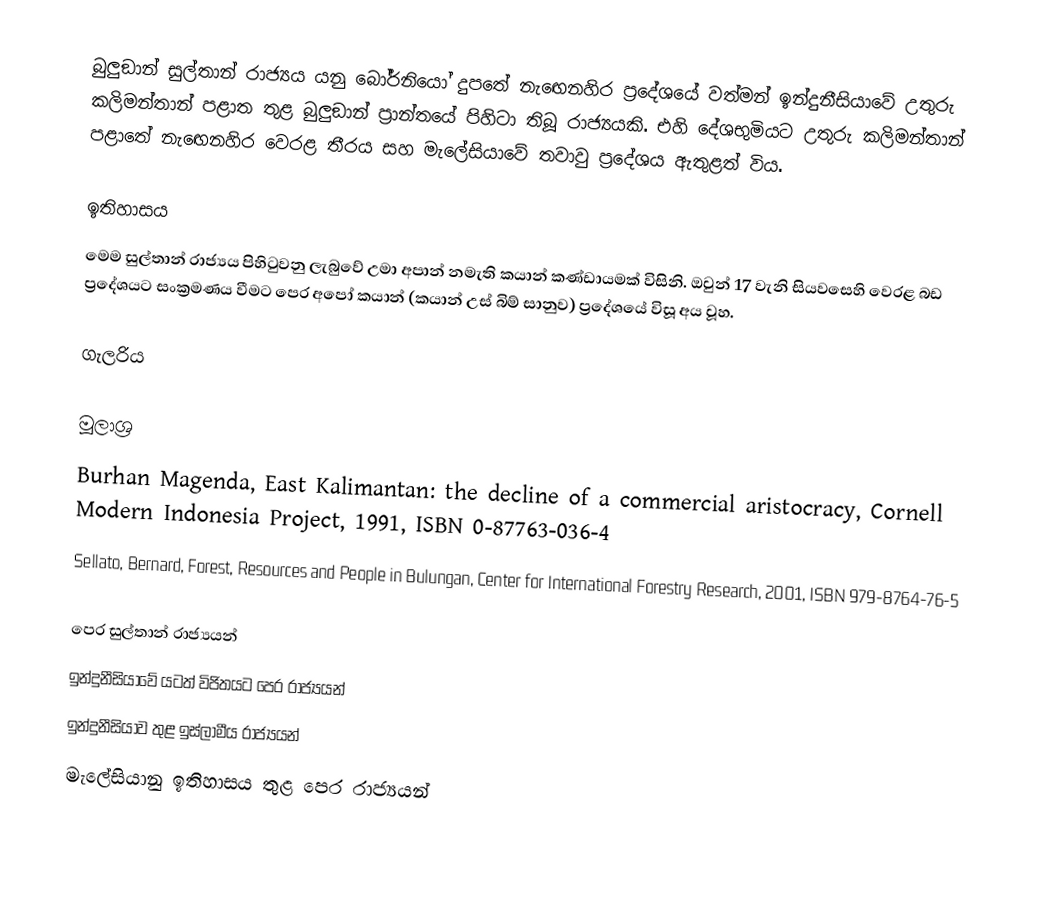
බුලුඞාන් සුල්තාන් රාජ්‍යය යනු බෝර්නියෝ දුපතේ නැඟෙනහිර ප්‍රදේශයේ වත්මන් ඉන්දුනීසියාවේ උතුරු කලිමන්තාන් පළාත තුළ බුලුඞාන් ප්‍රාන්තයේ පිහිටා තිබූ රාජ්‍යයකි. එහි දේශභුමියට උතුරු කලිමන්තාන් පළාතේ නැඟෙනහිර වෙරළ තීරය සහ මැලේසියාවේ තවාවු ප්‍රදේශය ඇතුළත් විය.

ඉතිහාසය
මෙම සුල්තාන් රාජ්‍යය පිහිටුවනු ලැබුවේ උමා අපාන් නමැති කයාන් කණ්ඩායමක් විසිනි. ඔවුන් 17 වැනි සියවසෙහි වෙරළ බඩ ප්‍රදේශයට සංක්‍රමණය වීමට පෙර අපෝ කයාන් (කයාන් උස් බිම් සානුව) ප්‍රදේශයේ විසූ අය වූහ.

ගැලරිය

මූලාශ්‍ර
 Burhan Magenda, East Kalimantan: the decline of a commercial aristocracy, Cornell Modern Indonesia Project, 1991, ISBN 0-87763-036-4
 Sellato, Bernard, Forest, Resources and People in Bulungan, Center for International Forestry Research, 2001, ISBN 979-8764-76-5

පෙර සුල්තාන් රාජ්‍යයන්
ඉන්දුනීසියාවේ යටත් විජිතයට පෙර රාජ්‍යයන්
ඉන්දුනීසියාව තුළ ඉස්ලාමීය රාජ්‍යයන්
මැලේසියානු ඉතිහාසය තුළ පෙර රාජ්‍යයන්